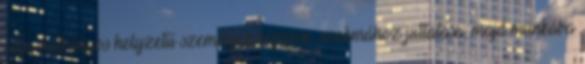
célja hátrányos helyzetű személyek képzése, szakmához juttatása, majd munkába